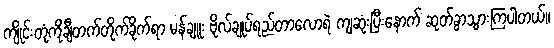
ကျိုင်းတုံကိုချီတက်တိုက်ခိုက်ရာ မန်ချူး ဗိုလ်ချုပ်ရည်တာလောရဲ ကျဆုံးပြီးနောက် ဆုတ်ခွာသွားကြပါတယ်။